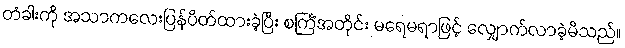
တံခါးကို အသာကလေးပြန်ပိတ်ထားခဲ့ပြီး စင်္ကြံအတိုင်း မရေမရာဖြင့် လျှောက်လာခဲ့မိသည်။